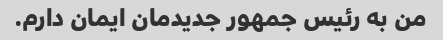
من به رئیس جمهور جدیدمان ایمان دارم.